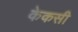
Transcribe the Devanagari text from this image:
केकसी